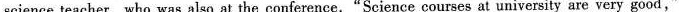
science teacher,who was also at the conference."Science courses at university are very good，"